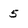
Character: 5